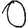
Digit: 0